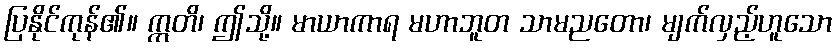
ပြနိုင်ကုန်၏။ ဣတိ၊ ဤသို့။ မာယာကာရ မဟာဘူတ သာမညတော၊ မျက်လှည့်ဟူသော